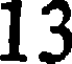
13